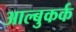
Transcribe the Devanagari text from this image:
आल्बुकर्क